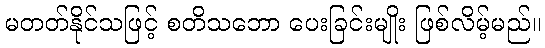
မတတ်နိုင်သဖြင့် စတိသဘော ပေးခြင်းမျိုး ဖြစ်လိမ့်မည်။